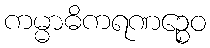
ကမ္မာဓိကရဏဉ္စေဝ